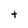
Character: t